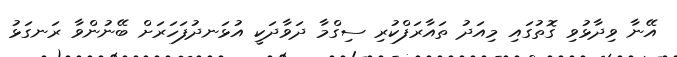
އޭނާ ވިދާޅުވި ގޮތުގައި މިއަދު ތައާރަފްކުރި ސިގްމާ ދަވާދަކީ އުޅަނދުފަހަރަށް ބޭނުންވާ ރަނގަޅު